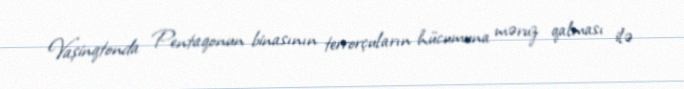
Vaşinqtonda Pentaqonun binasının terrorçuların hücumuna məruz qalması ilə